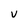
Character: v